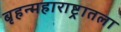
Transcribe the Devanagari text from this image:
बृहन्महाराष्ट्रातला